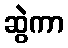
ဆွဲကာ